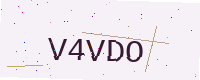
Text: V4VDO